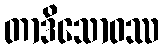
တာဒိသောဝဿ